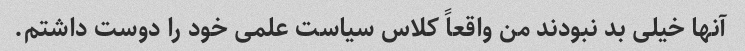
آنها خیلی بد نبودند من واقعاً کلاس سیاست علمی خود را دوست داشتم.